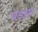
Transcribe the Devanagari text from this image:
पइसा